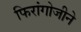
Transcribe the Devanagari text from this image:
फिरांगोजीने